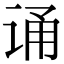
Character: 诵